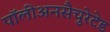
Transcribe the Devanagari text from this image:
पॉलीअनसैचुरेटेड